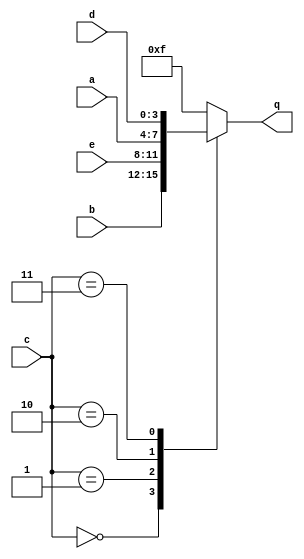
module top_module (
    input [3:0] a,
    input [3:0] b,
    input [3:0] c,
    input [3:0] d,
    input [3:0] e,
    output [3:0] q );
    always@(*)
        begin
            case(c)
                4'd0: q = b;
                4'd1: q = e;
                4'd2: q = a;
                4'd3: q = d;
                default: q = 4'hf;
            endcase
        end
endmodule